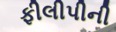
ફીલીપીની